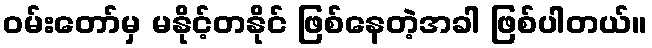
ဝမ်းတော်မှ မနိုင့်တနိုင် ဖြစ်နေတဲ့အခါ ဖြစ်ပါတယ်။